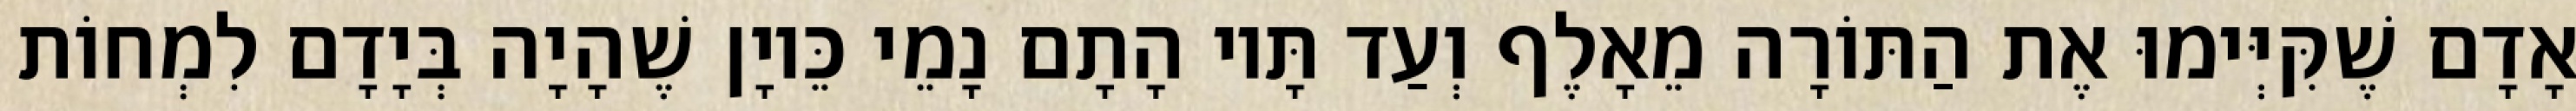
אָדָם שֶׁקִּיְּימוּ אֶת הַתּוֹרָה מֵאָלֶף וְעַד תָּיו הָתָם נָמֵי כֵּיוָן שֶׁהָיָה בְּיָדָם לִמְחוֹת